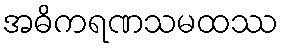
အဓိကရဏသမထဿ